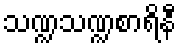
သဏ္ဍသဏ္ဍစာရိနီ